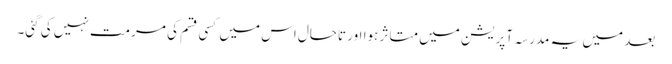
بعد میں یہ مدرسہ آپریشن میں متاثر ہوا اور تاحال اس میں کسی قسم کی مرمت نہیں کی گئی۔